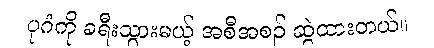
ပုဂံကို ခရီးသွားမယ့် အစီအစဉ် ဆွဲထားတယ်။